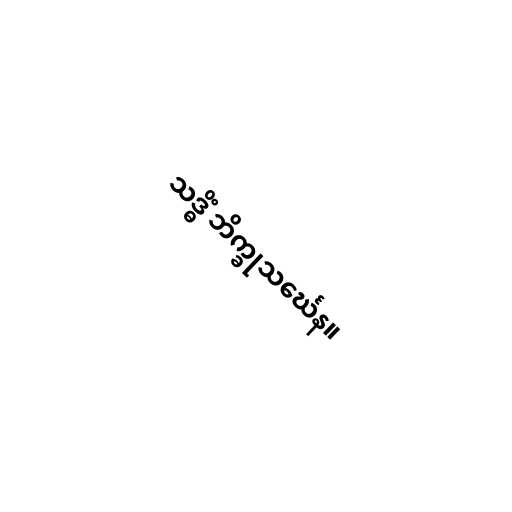
သဒ္ဓိံ ဘိက္ခုသင်္ဃေန။